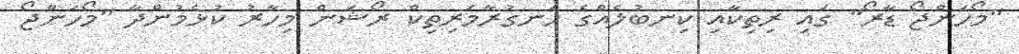
"މޯހަންޖޯ ޑާރޯ" ގައި ރިތިކާއި ކިނބުލެއްގެ ހަނގުރާމަރިތިކް ރޯޝަން މިހާރު ކުޅެމުންދާ "މޯހަންޖޯ